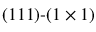
( 1 1 1 ) ‐ ( 1 \times 1 )